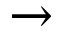
\rightarrow